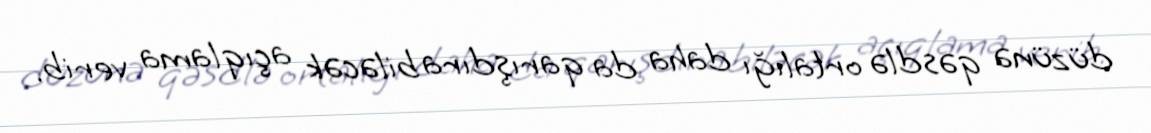
düzünə qəsdlə ortalığı daha da qarışdıra biləcək açıqlama verib.